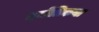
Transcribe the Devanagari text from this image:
ज्‍योतिकया